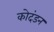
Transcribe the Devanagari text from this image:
कोदंडन